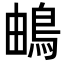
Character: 𩿬